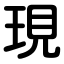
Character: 現